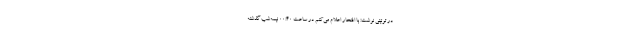
در توئیتی نوشت: با افتخار اعلام می‌کنم در ساعت ۰۰:۴۰ نیمه‌شب گذشته